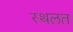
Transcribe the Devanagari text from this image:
स्थलत